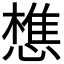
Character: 𢡫